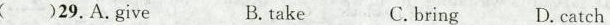
( )29.A.Give B. take C.bring D.catch